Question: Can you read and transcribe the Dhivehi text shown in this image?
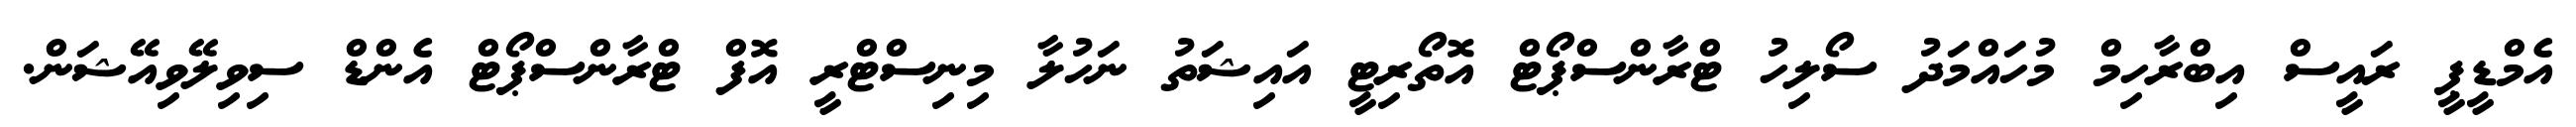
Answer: އެމްޑީޕީ ރައީސް އިބްރާހިމް މުހައްމަދު ސޯލިހު ޓްރާންސްޕޯޓް އޮތޯރިޓީ އައިޝަތު ނަހުލާ މިނިސްޓްރީ އޮފް ޓްރާންސްޕޯޓް އެންޑް ސިވިލޭވިއޭޝަން.